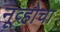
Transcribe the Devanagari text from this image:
नूव्होचा